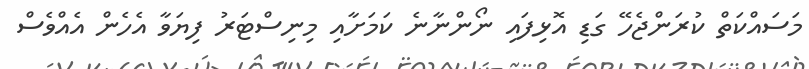
މަސައްކަތް ކުރަންޖެހޭ ގަޑި އޮޅިފައި ނޯންނާނެ ކަމަށާއި މިނިސްޓަރު ފިޔަވާ އެހެން އެއްވެސް